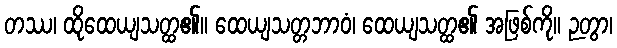
တဿ၊ ထိုထေယျသတ္ထ၏။ ထေယျသတ္တဘာဝံ၊ ထေယျသတ္ထ၏ အဖြစ်ကို။ ဉတွာ၊